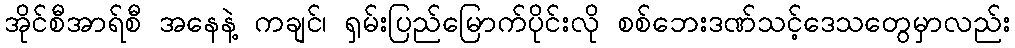
အိုင်စီအာရ်စီ အနေနဲ့ ကချင်၊ ရှမ်းပြည်မြောက်ပိုင်းလို စစ်ဘေးဒဏ်သင့်ဒေသတွေမှာလည်း